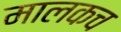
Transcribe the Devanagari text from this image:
मालकच